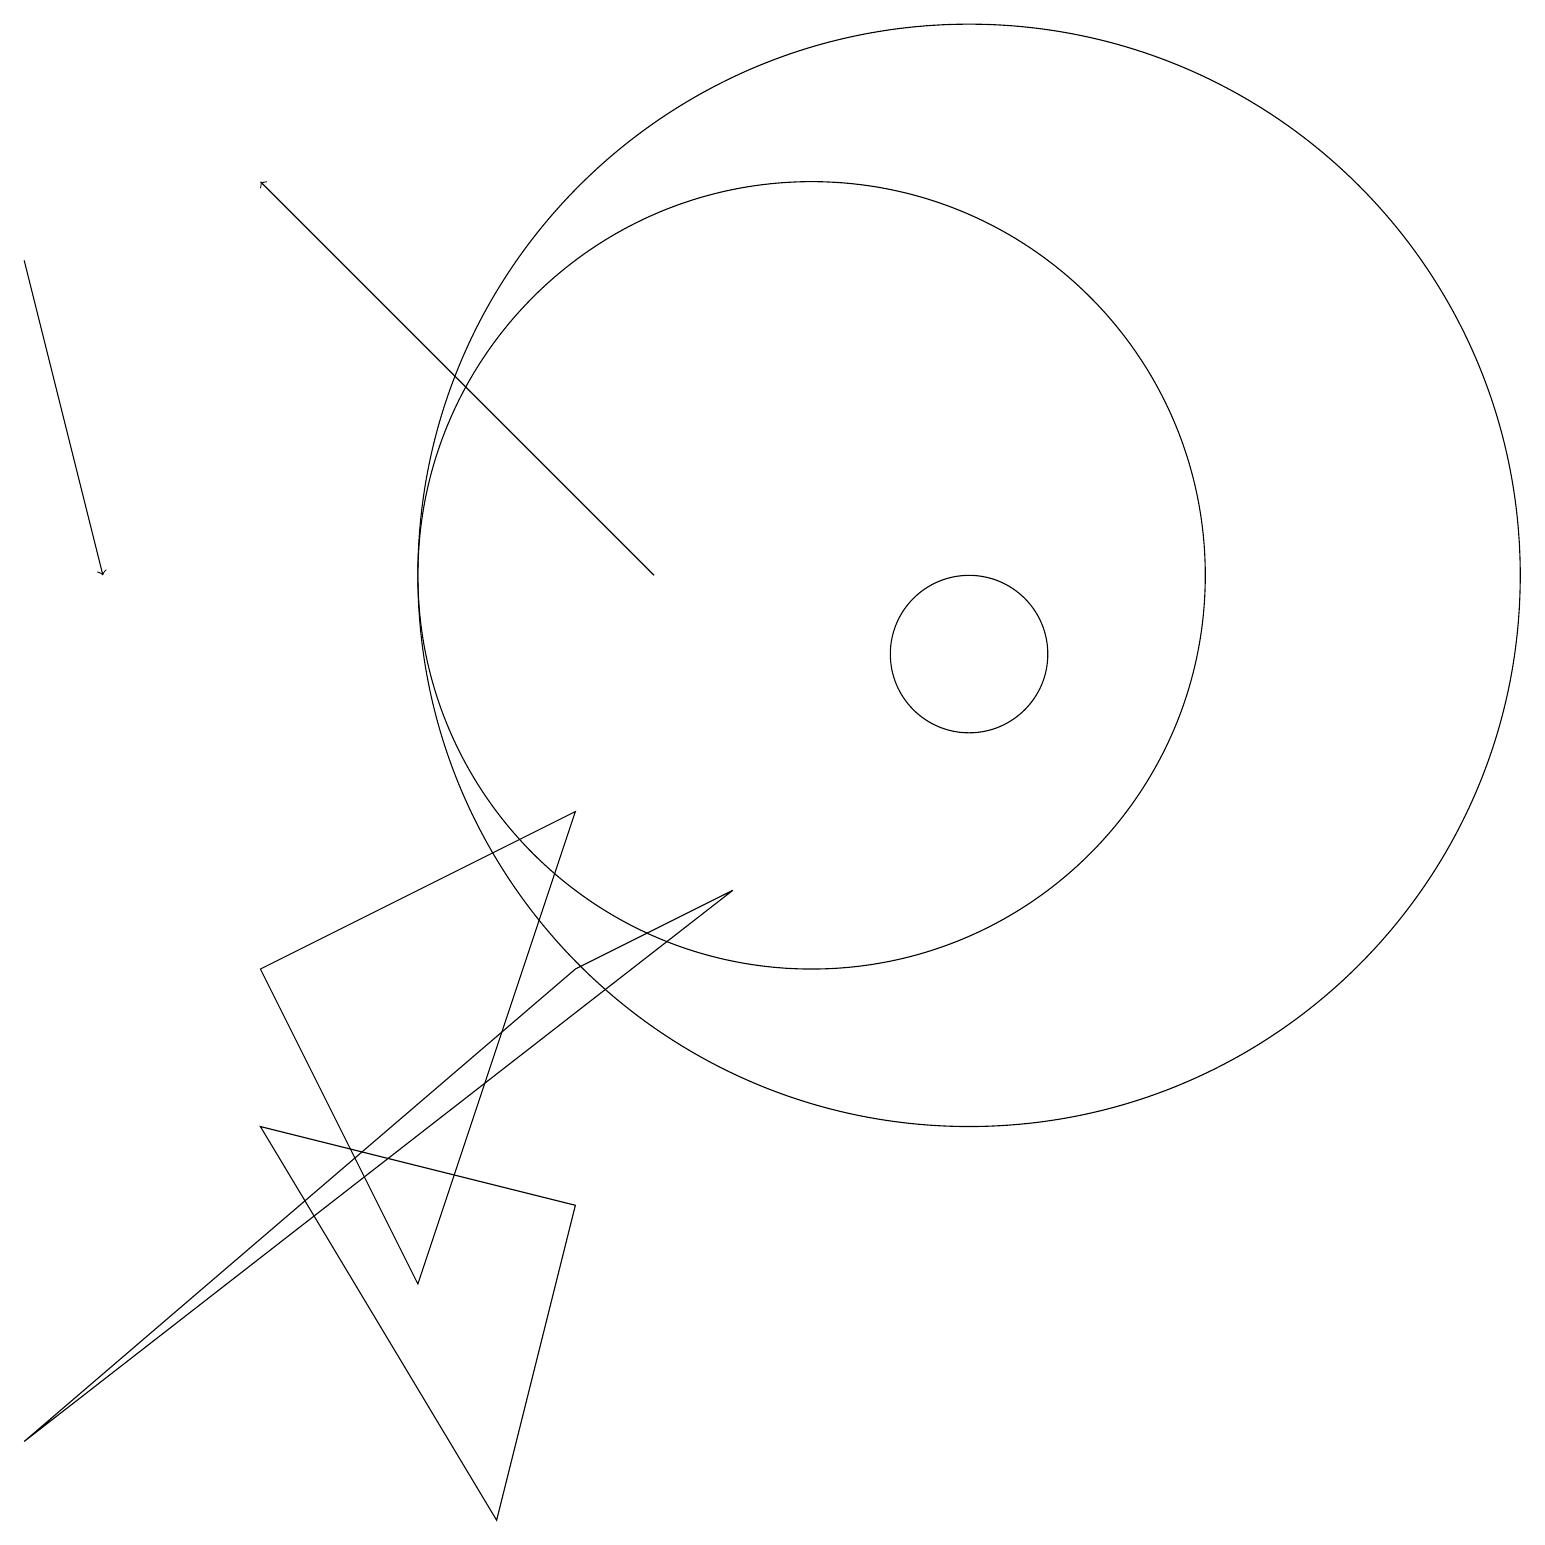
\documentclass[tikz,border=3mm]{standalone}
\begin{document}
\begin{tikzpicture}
\draw (7,9) -- (5,3) -- (3,7) -- cycle;
\draw (12,12) circle (7);
\draw (9,8) -- (0,1) -- (7,7) -- cycle;
\draw (3,5) -- (7,4) -- (6,0) -- cycle;
\draw[->] (0,16) -- (1,12);
\draw[->] (8,12) -- (3,17);
\draw (10,12) circle (5);
\draw (12,11) circle (1);
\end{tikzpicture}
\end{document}